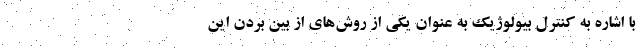
با اشاره به کنترل بیولوژیک به عنوان یکی از روش‌های از بین بردن این